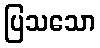
ပြသသော